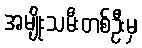
အမျိုးသမီးတစ်ဦးမှ